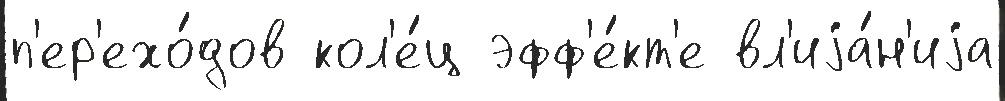
п'ер'ехо́дов кол'е́ц эфф'е́кт'е вл'иjа́н'иjа